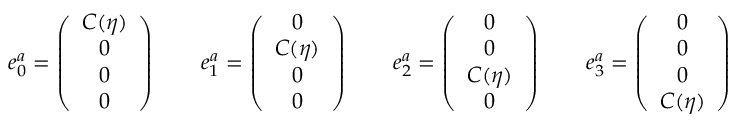
e _ { 0 } ^ { a } = \left( \begin{array} { c } { { C ( \eta ) } } \\ { { 0 } } \\ { { 0 } } \\ { { 0 } } \end{array} \right) \qquad e _ { 1 } ^ { a } = \left( \begin{array} { c } { { 0 } } \\ { { C ( \eta ) } } \\ { { 0 } } \\ { { 0 } } \end{array} \right) \qquad e _ { 2 } ^ { a } = \left( \begin{array} { c } { { 0 } } \\ { { 0 } } \\ { { C ( \eta ) } } \\ { { 0 } } \end{array} \right) \qquad e _ { 3 } ^ { a } = \left( \begin{array} { c } { { 0 } } \\ { { 0 } } \\ { { 0 } } \\ { { C ( \eta ) } } \end{array} \right)